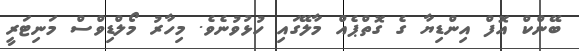
ބޭންކް އޮފް އިންޑިޔާ ގެ ގޮތްޕެއް މާލޭގައި ހުޅުވުނެވެ. މިހާރު މޯލްޑިވްސް މަނިޓަރީ